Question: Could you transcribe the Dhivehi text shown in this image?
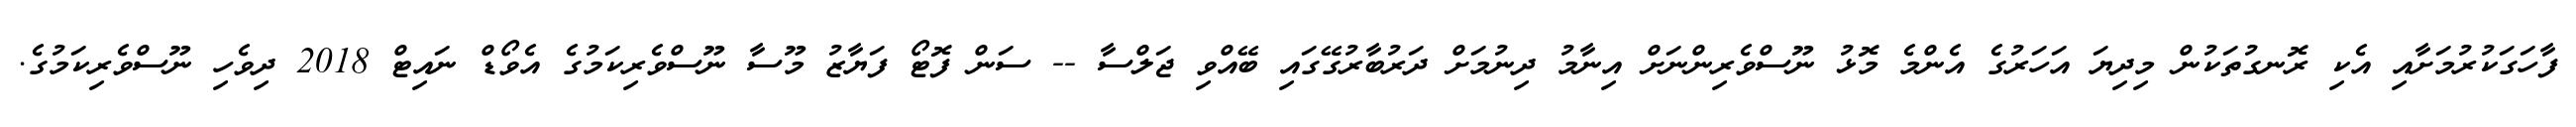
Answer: ފާހަގަކުރުމަށާއި އެކި ރޮނގުތަކުން މިދިޔަ އަހަރުގެ އެންމެ މޮޅު ނޫސްވެރިންނަށް އިނާމު ދިނުމަށް ދަރުބާރުގޭގައި ބޭއްވި ޖަލްސާ -- ސަން ފޮޓޯ ފަޔާޒު މޫސާ ނޫސްވެރިކަމުގެ އެވޯޑް ނައިޓް 2018 ދިވެހި ނޫސްވެރިކަމުގެ.